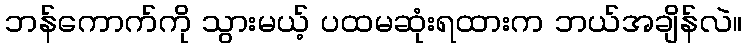
ဘန်ကောက်ကို သွားမယ့် ပထမဆုံးရထားက ဘယ်အချိန်လဲ။